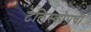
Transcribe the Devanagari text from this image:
टेलिस्कोपची